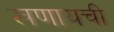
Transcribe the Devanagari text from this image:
खणायची